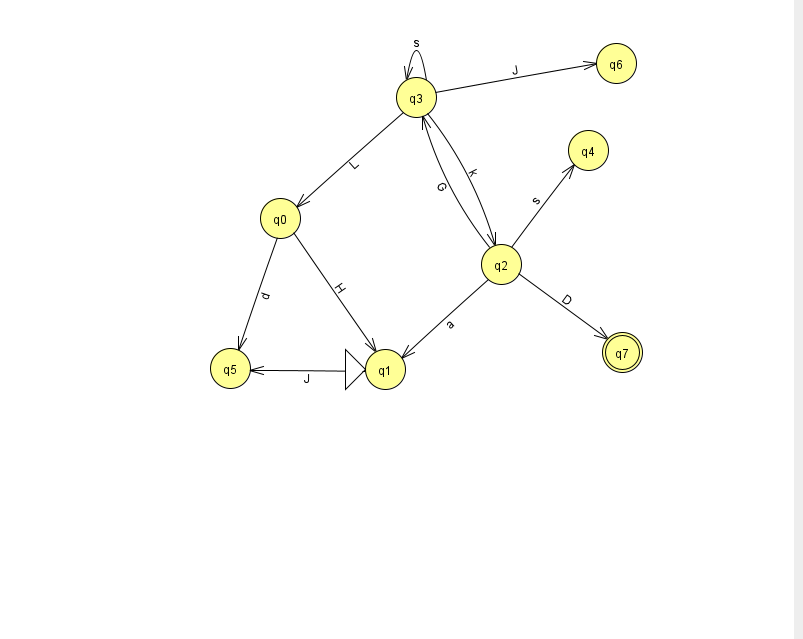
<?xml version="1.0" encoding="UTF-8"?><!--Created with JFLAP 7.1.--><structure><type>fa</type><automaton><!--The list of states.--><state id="0" name="q0"><x>280.0</x><y>205.0</y></state><state id="1" name="q1"><x>385.0</x><y>356.0</y><initial/></state><state id="2" name="q2"><x>501.0</x><y>251.0</y></state><state id="3" name="q3"><x>416.0</x><y>84.0</y></state><state id="4" name="q4"><x>588.0</x><y>137.0</y></state><state id="5" name="q5"><x>230.0</x><y>355.0</y></state><state id="6" name="q6"><x>616.0</x><y>50.0</y></state><state id="7" name="q7"><x>622.0</x><y>339.0</y><final/></state><!--The list of transitions.--><transition><from>3</from><to>0</to><read>L</read></transition><transition><from>3</from><to>2</to><read>k</read></transition><transition><from>1</from><to>5</to><read>J</read></transition><transition><from>0</from><to>1</to><read>H</read></transition><transition><from>2</from><to>7</to><read>D</read></transition><transition><from>3</from><to>3</to><read>s</read></transition><transition><from>0</from><to>5</to><read>d</read></transition><transition><from>3</from><to>6</to><read>J</read></transition><transition><from>2</from><to>3</to><read>G</read></transition><transition><from>2</from><to>1</to><read>a</read></transition><transition><from>2</from><to>4</to><read>s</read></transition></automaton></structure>